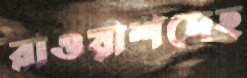
রাওয়াশদেহ